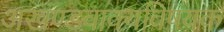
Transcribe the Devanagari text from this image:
अखण्डवाक्यविषयक